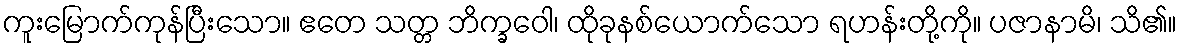
ကူးမြောက်ကုန်ပြီးသော။ ဧတေ သတ္တ ဘိက္ခဝေါ၊ ထိုခုနစ်ယောက်သော ရဟန်းတို့ကို။ ပဇာနာမိ၊ သိ၏။